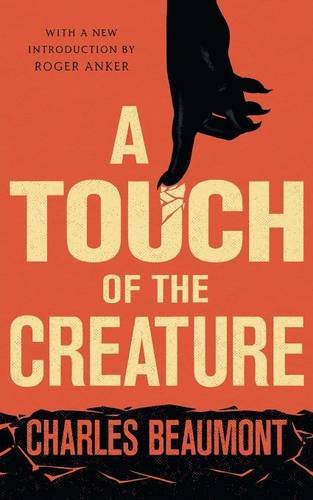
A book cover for A Touch of the Creature; Charles Beaumont; Science Fiction & Fantasy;